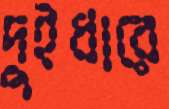
দুইধারে